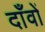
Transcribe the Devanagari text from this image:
दाँवों